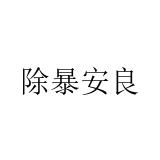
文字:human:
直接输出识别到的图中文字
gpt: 除暴安良